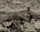
أين